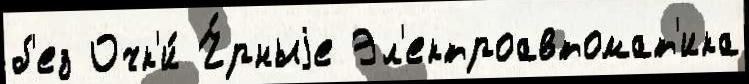
б'ез Очк'и́ Ч́рныjе Эл'ектроавтомат'ика